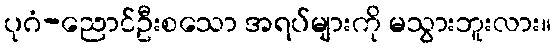
ပုဂံ-ညောင်ဦးစသော အရပ်များကို မသွားဘူးလား။